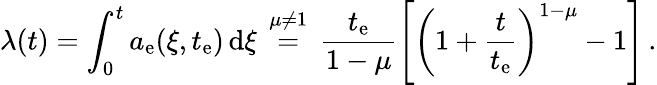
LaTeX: \lambda(t)=\int_{0}^{t}a_{\mathrm{e}}(\xi,t_{\mathrm{e}})\, \mathrm{d}\xi\, \stackrel{\mu\neq 1}{=}\, \frac{t_{\mathrm{e}}}{1-\mu}\left[\left(1+\frac{t}{t_{\mathrm{e}}}\right)^{1-\mu}-1\right]\, .